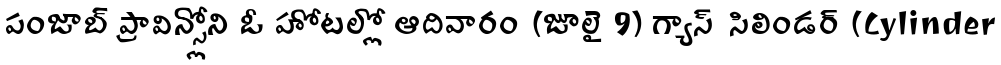
పంజాబ్ ప్రావిన్స్లోని ఓ హోటల్లో ఆదివారం (జూలై 9) గ్యాస్ సిలిండర్ (Cylinder